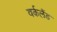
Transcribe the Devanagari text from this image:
वर्कलैंड